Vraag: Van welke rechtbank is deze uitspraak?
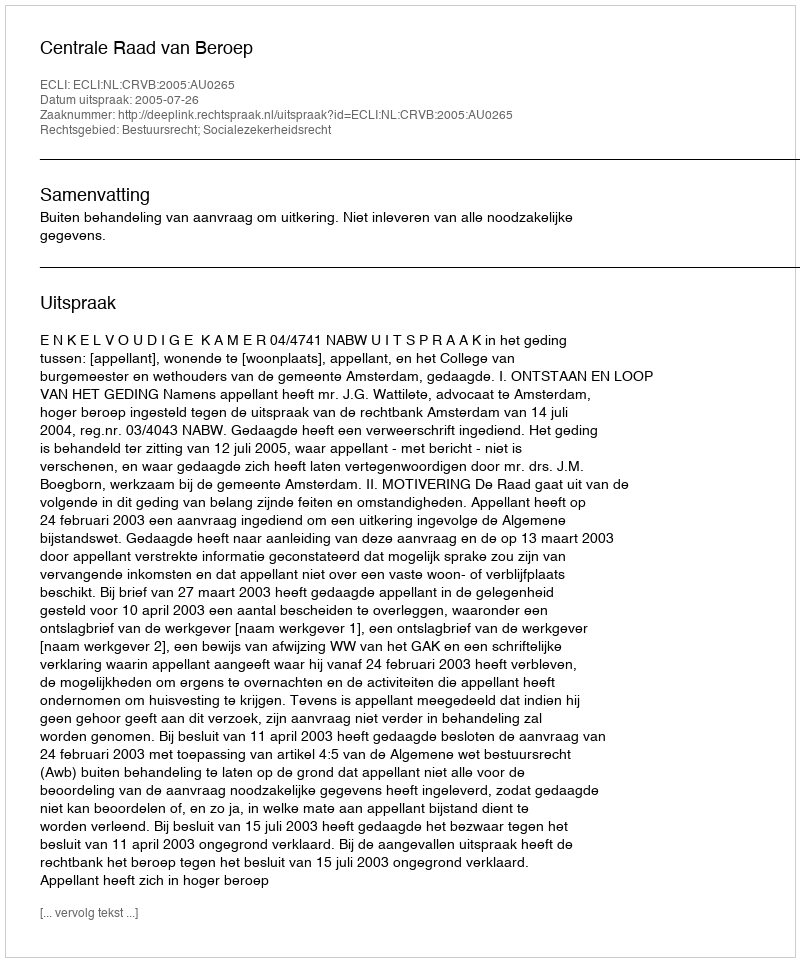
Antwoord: Centrale Raad van Beroep